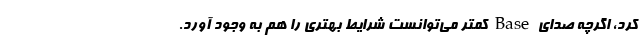
کرد، اگرچه صدای Base کمتر می‌توانست شرایط بهتری را هم به وجود آورد.